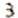
3